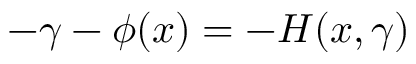
- \gamma - \phi ( x ) = - H ( x , \gamma )